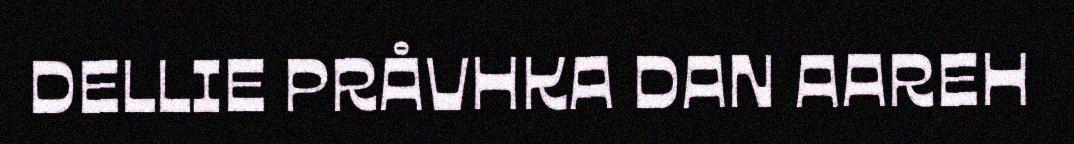
DELLIE PRÅVHKA DAN AAREH